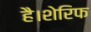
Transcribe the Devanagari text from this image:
है।शेरिफ